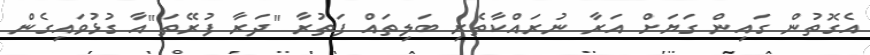
އެގޮތުން ގައިން ގަޔަށް އަރާ ނުރައްކާތެރި ބަލިތައް ފަތުރާ "ދަރާ ފުރޭތަ"އާ ގުޅުވައިގެން